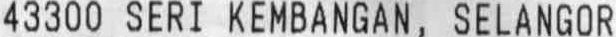
43300 SERI KEMBANGAN, SELANGOR